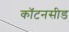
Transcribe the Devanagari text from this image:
कॉटनसीड